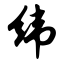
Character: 纬